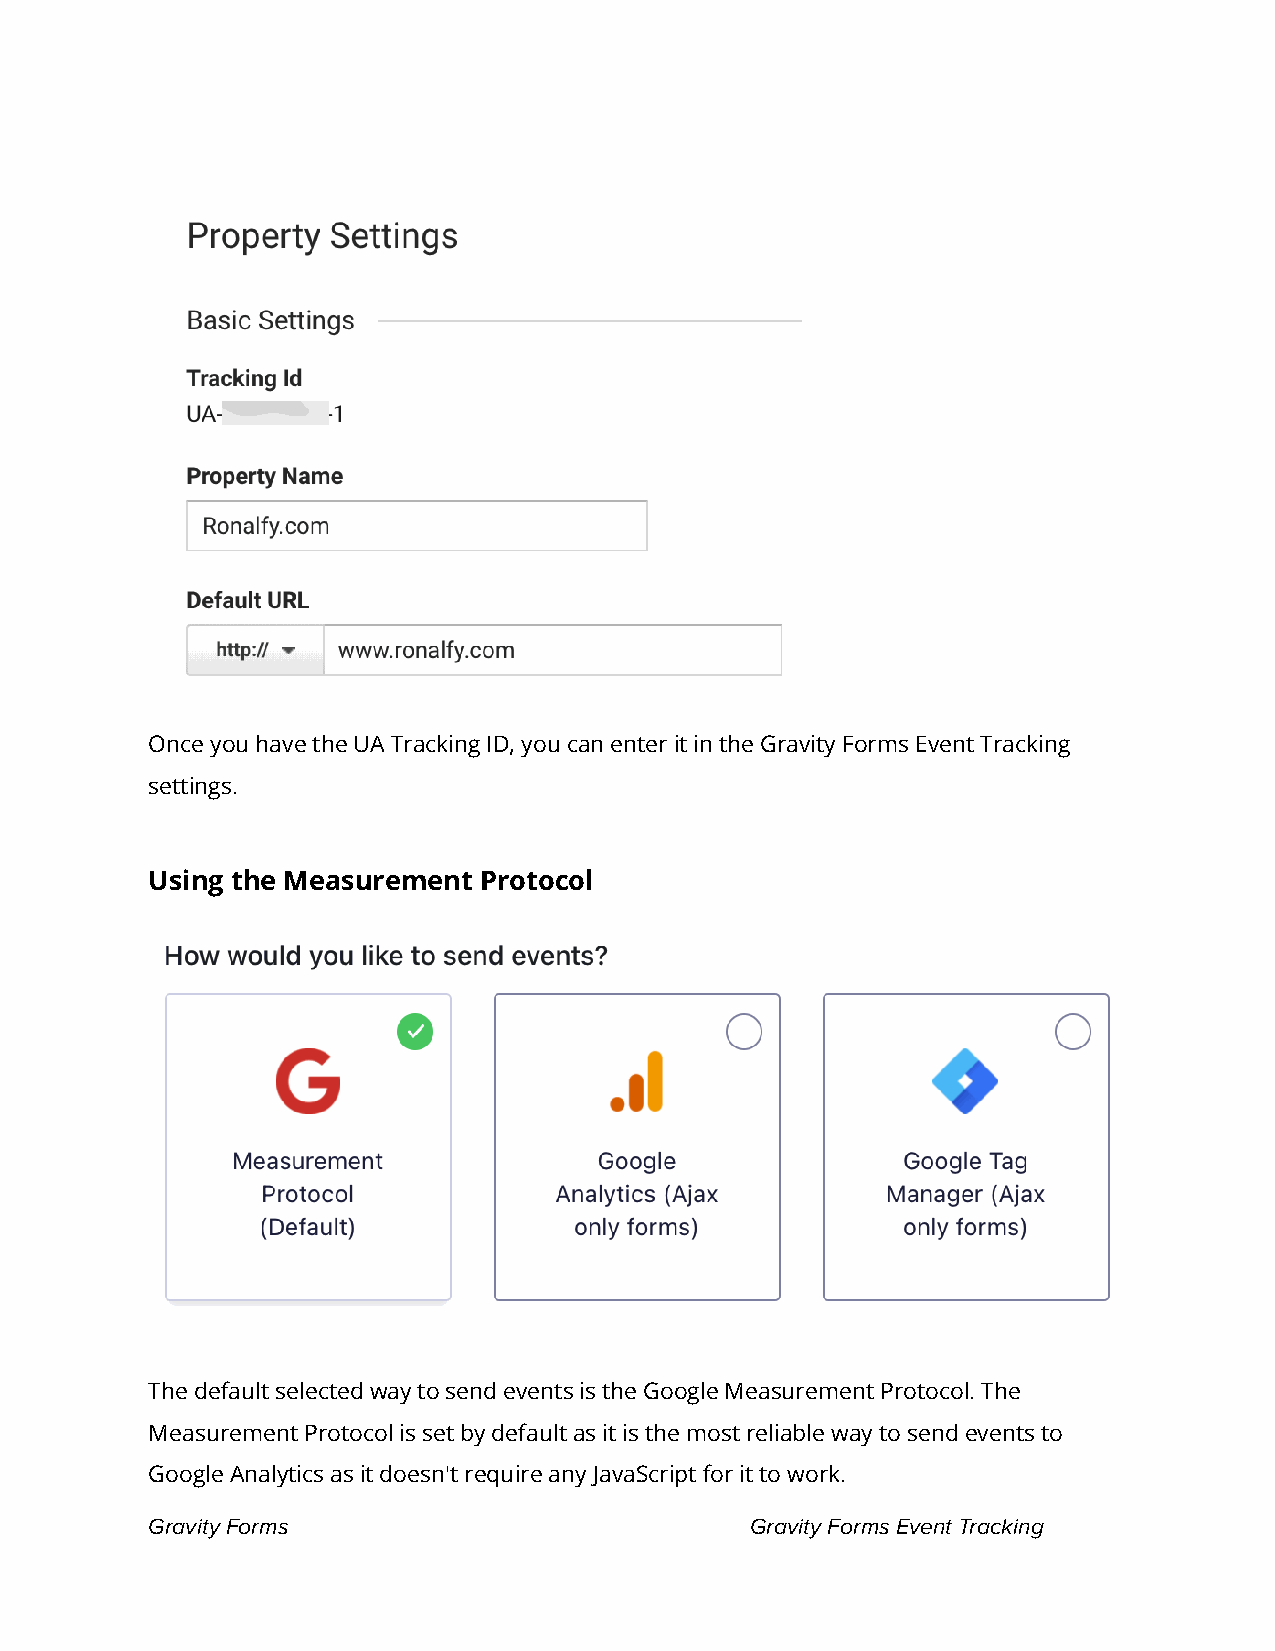
Once you have the UA Tracking ID, you can enter it in the Gravity Forms Event Tracking
 settings.
 Using the Measurement Protocol
 The default selected way to send events is the Google Measurement Protocol. The
 Measurement Protocol is set by default as it is the most reliable way to send events to
 Google Analytics as it doesn't require any JavaScript for it to work.
 Gravity Forms                           Gravity Forms Event Tracking